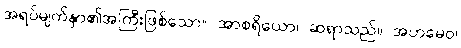
အရပ်မျက်နှာ၏အကြီးဖြစ်သော။ အာစရိယော၊ ဆရာသည်။ အဟမေဝ၊